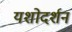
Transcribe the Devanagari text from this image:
यशोदर्शन